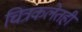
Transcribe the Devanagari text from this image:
चित्रकलेतही